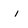
Character: i